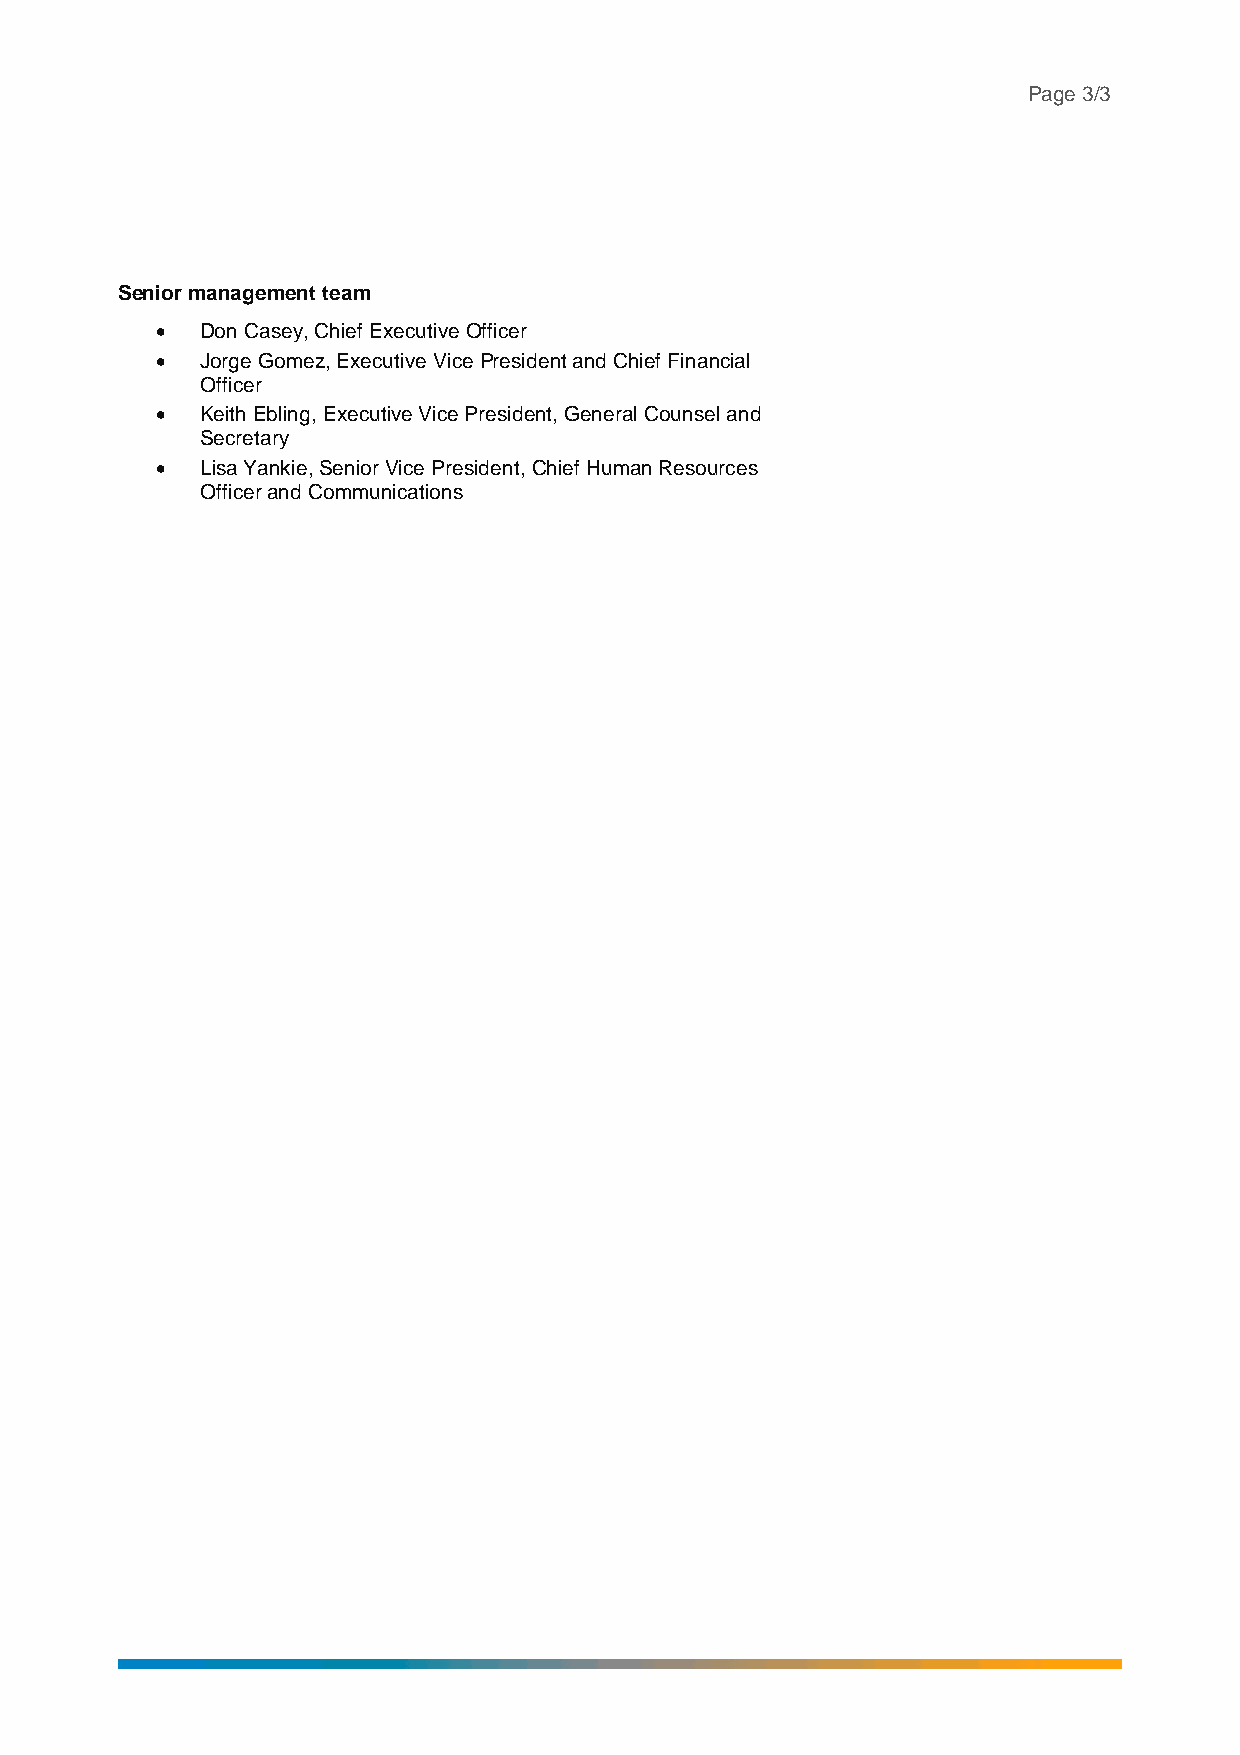
Page 3/3
 Senior management team
 •  Don Casey, Chief Executive Officer
 •  Jorge Gomez, Executive Vice President and Chief Financial
 Officer
 •  Keith Ebling, Executive Vice President, General Counsel and
 Secretary
 •  Lisa Yankie, Senior Vice President, Chief Human Resources
 Officer and Communications